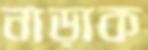
নাড়াক